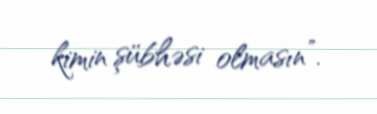
kimin şübhəsi olmasın”.